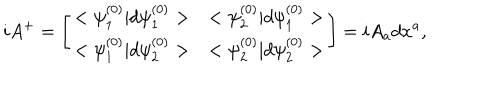
LaTeX: i A ^ { + } = \left[ \begin{array} { l l } { { < \psi _ { 1 } ^ { ( 0 ) } | d \psi _ { 1 } ^ { ( 0 ) } > } } & { { < \psi _ { 2 } ^ { ( 0 ) } | d \psi _ { 1 } ^ { ( 0 ) } > } } \\ { { < \psi _ { 1 } ^ { ( 0 ) } | d \psi _ { 2 } ^ { ( 0 ) } > } } & { { < \psi _ { 2 } ^ { ( 0 ) } | d \psi _ { 2 } ^ { ( 0 ) } > } } \\ \end{array} \right] = i A _ { a } d x ^ { a } ,